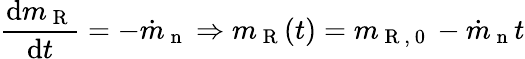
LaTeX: \frac{\mathrm{d}m_{\mathrm{~R~}}}{\mathrm{d}t}=-\dot{m}_{\mathrm{~n~}}\Rightarrow m_{\mathrm{~R~}}(t)=m_{\mathrm{~R~,~0~}}-\dot{m}_{\mathrm{~n~}}t